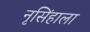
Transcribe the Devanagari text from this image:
नृसिंहाला